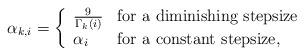
LaTeX: \begin{align*}\alpha_{k,i} =\left \{\begin{array}{ll}\frac{9}{\Gamma_k(i)} & \mbox{for a diminishing stepsize} \\ \alpha_i & \mbox{for a constant stepsize,}\end{array}\right.\end{align*}